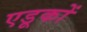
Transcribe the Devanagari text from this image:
एडूकों